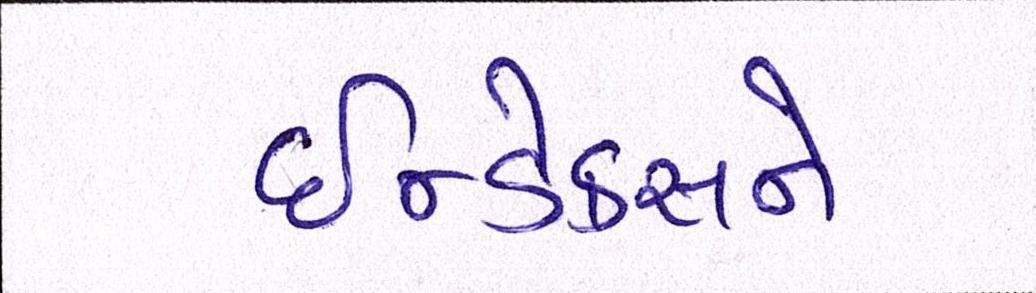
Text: ઇન્ડેક્સને